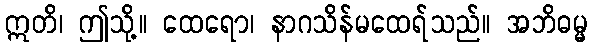
ဣတိ၊ ဤသို့။ ထေရော၊ နာဂသိန်မထေရ်သည်။ အဘိဓမ္မ